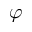
\varphi